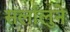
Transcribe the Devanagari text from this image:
सर्लालुने